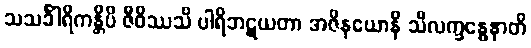
သသင်္ခါရိကန္တိပိ ဇီဝိဿသိ ပါရိဘဋယတာ အဇိနယောနိ သီလက္ခန္ဓေနာတိ